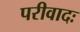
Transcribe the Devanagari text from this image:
परीवादः